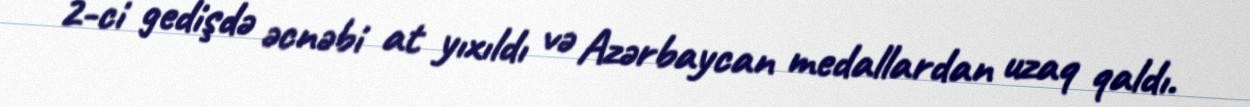
2-ci gedişdə əcnəbi at yıxıldı və Azərbaycan medallardan uzaq qaldı.